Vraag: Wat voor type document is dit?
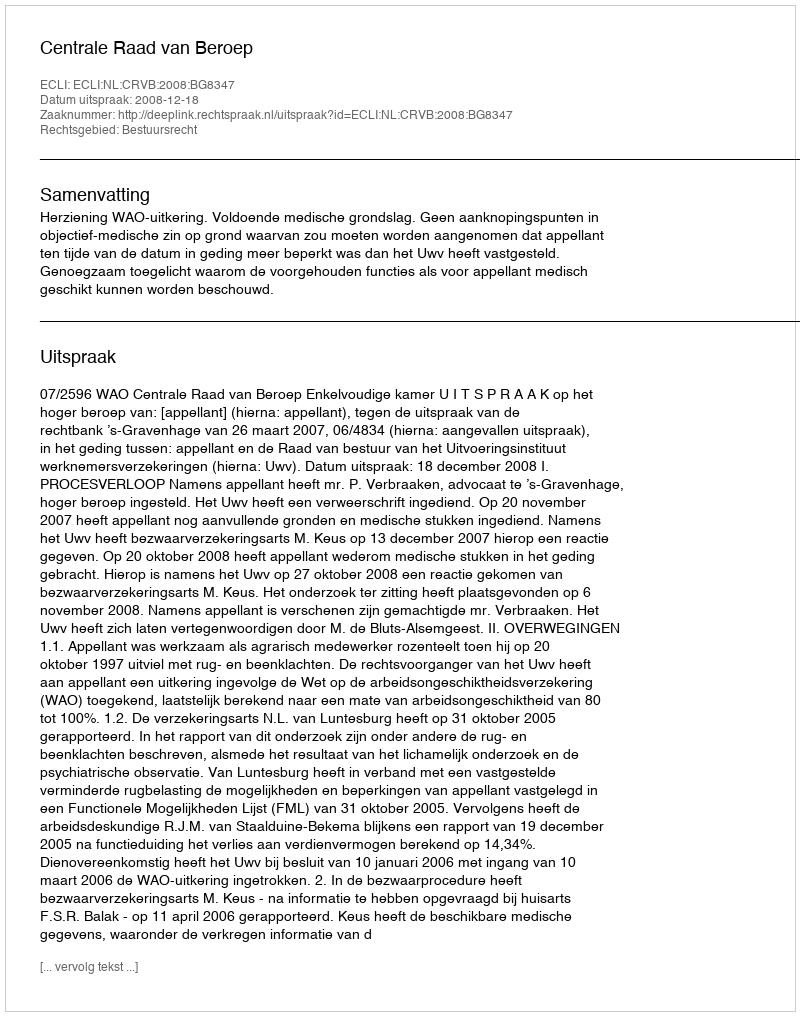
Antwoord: Uitspraak